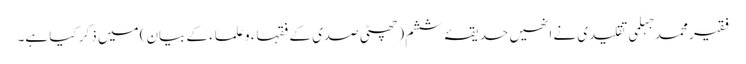
فقیر محمد جہلمی تقلیدی نے انھیں حدیقۂ ششم (چھٹی صدی کے فقہاء و علماء کے بیان) میں ذکر کیا ہے۔